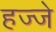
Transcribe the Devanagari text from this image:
हज्जे